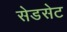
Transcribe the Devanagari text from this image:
सेडसेट